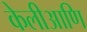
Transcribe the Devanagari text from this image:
केलीआणि